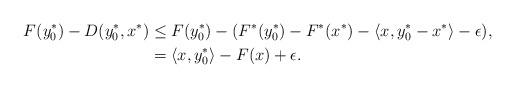
LaTeX: \begin{align*} F(y_0^*) - D(y_0^*, x^*) &\leq F(y_0^*) - (F^*(y_0^*) - F^*(x^*)- \langle x, y^*_0 - x^*\rangle - \epsilon),\\ &= \langle x, y_0^* \rangle - F(x) +\epsilon.\end{align*}